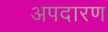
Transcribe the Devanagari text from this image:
अपदारण